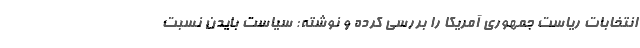
انتخابات ریاست جمهوری آمریکا را بررسی کرده و نوشته: سیاست بایدن نسبت